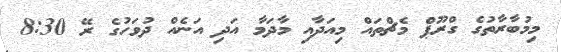
މިމުބާރާތުގެ ގްރޫޕް މެޗްތައް މިއަދާއި މާދަމާ އަދި އަނެއް ދުވަހުގެ ރޭ 8:30